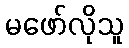
မဖော်လိုသူ